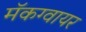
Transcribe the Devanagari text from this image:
मॅकग्वायर